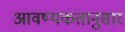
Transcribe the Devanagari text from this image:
आवष्यकतानुसार